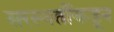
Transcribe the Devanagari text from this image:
सरस्वतींकडून